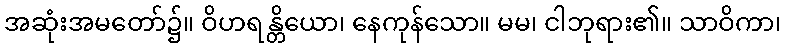
အဆုံးအမတော်၌။ ဝိဟရန္တိယော၊ နေကုန်သော။ မမ၊ ငါဘုရား၏။ သာဝိကာ၊